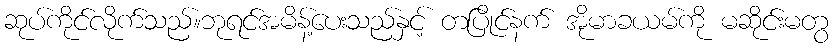
ဆုပ်ကိုင်လိုက်သည်။ဘုရင်အမိန့်ပေးသည်နှင့် တပြိုင်နက် အိုမာခယမ်ကို မဆိုင်းမတွ